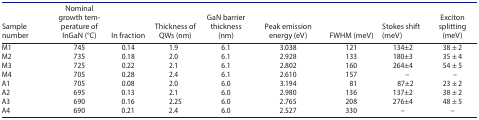
| Sample number | Nominal growth temperature of InGaN (°C) | In fraction | Thickness of QWs (nm) | GaN barrier thickness (nm) | <COLSPAN=2> Peak emission energy (eV) | FWHM (meV) | Stokes shift (meV) | Exciton splitting (meV) |
 | --- | --- | --- | --- | --- | --- | --- | --- | --- | --- |
 | M1 | 745 | 0.14 | 1.9 | 6.1 | 3.038 | <COLSPAN=2> 121 | 134±2 | 38 ± 2 |
 | M2 | 735 | 0.18 | 2.0 | 6.1 | 2.928 | <COLSPAN=2> 133 | 180±3 | 35 ± 4 |
 | M3 | 725 | 0.22 | 2.1 | 6.1 | 2.802 | <COLSPAN=2> 160 | 264±4 | 54 ± 5 |
 | M4 | 705 | 0.28 | 2.4 | 6.1 | 2.610 | <COLSPAN=2> 157 | – | – |
 | A1 | 705 | 0.08 | 2.0 | 6.0 | 3.194 | <COLSPAN=2> 81 | 87±2 | 23 ± 2 |
 | A2 | 695 | 0.13 | 2.1 | 6.0 | 2.980 | <COLSPAN=2> 136 | 137±2 | 38 ± 2 |
 | A3 | 690 | 0.16 | 2.25 | 6.0 | 2.765 | <COLSPAN=2> 208 | 276±4 | 48 ± 5 |
 | A4 | 690 | 0.21 | 2.4 | 6.0 | 2.527 | <COLSPAN=2> 330 | – | – |